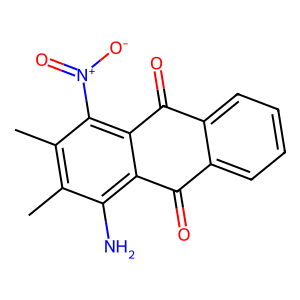
SMILES: Cc1c(C)c([N+](=O)[O-])c2c(c1N)C(=O)c1ccccc1C2=O
Inhibits HIV replication: No